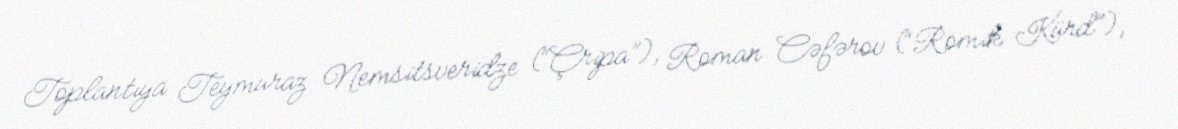
Toplantıya Teymuraz Nemsitsveridze (“Çripa”), Roman Cəfərov (“Romik Kürd”),